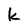
Character: k